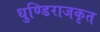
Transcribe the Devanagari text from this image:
धुण्डिराजकृत